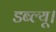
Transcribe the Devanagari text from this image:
डब्ल्यू।